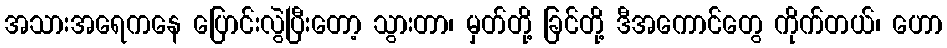
အသားအရေကနေ ပြောင်းလွဲပြီးတော့ သွားတာ၊ မှတ်တို့ ခြင်တို့ ဒီအကောင်တွေ ကိုက်တယ်၊ ဟော